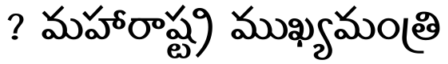
? మహారాష్ట్ర ముఖ్యమంత్రి